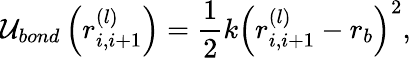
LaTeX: {{\cal U}_{bond}\left(r_{i,i+1}^{(l)}\right)=\frac{1}{2}k\left(r_{i,i+1}^{(l)}-r_{b}\right)^{2},}